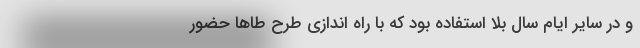
و در سایر ایام سال بلا استفاده بود که با راه اندازی طرح طاها حضور